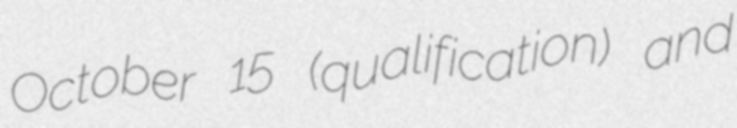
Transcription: October 15 (qualification) and